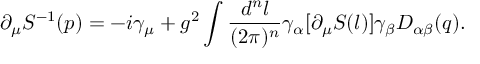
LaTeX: \partial _ { \mu } S ^ { - 1 } ( p ) = - i \gamma _ { \mu } + g ^ { 2 } \int { \frac { d ^ { n } l } { ( 2 \pi ) ^ { n } } } \gamma _ { \alpha } [ \partial _ { \mu } S ( l ) ] \gamma _ { \beta } D _ { \alpha \beta } ( q ) .